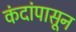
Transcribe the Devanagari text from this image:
कंदांपासून